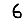
Digit: 6